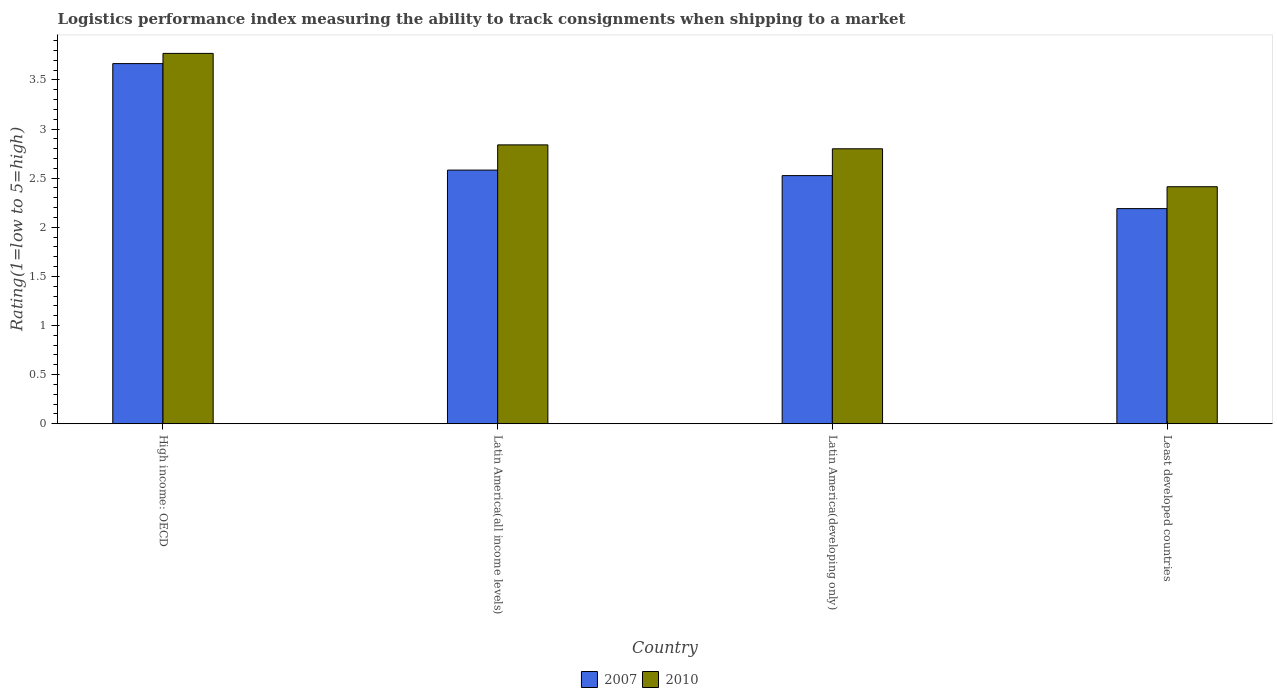
| Country | 2007 | 2010 |
 | --- | --- | --- |
 | High income: OECD | 3.67 | 3.77 |
 | Latin America(all income levels) | 2.58 | 2.84 |
 | Latin America(developing only) | 2.53 | 2.8 |
 | Least developed countries | 2.19 | 2.41 |